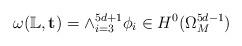
LaTeX: \begin{align*} \omega(\mathbb L, \mathbf t)=\wedge_{i=3}^{5d+1}\phi_i \in H^0(\Omega^{5d-1}_M) \end{align*}